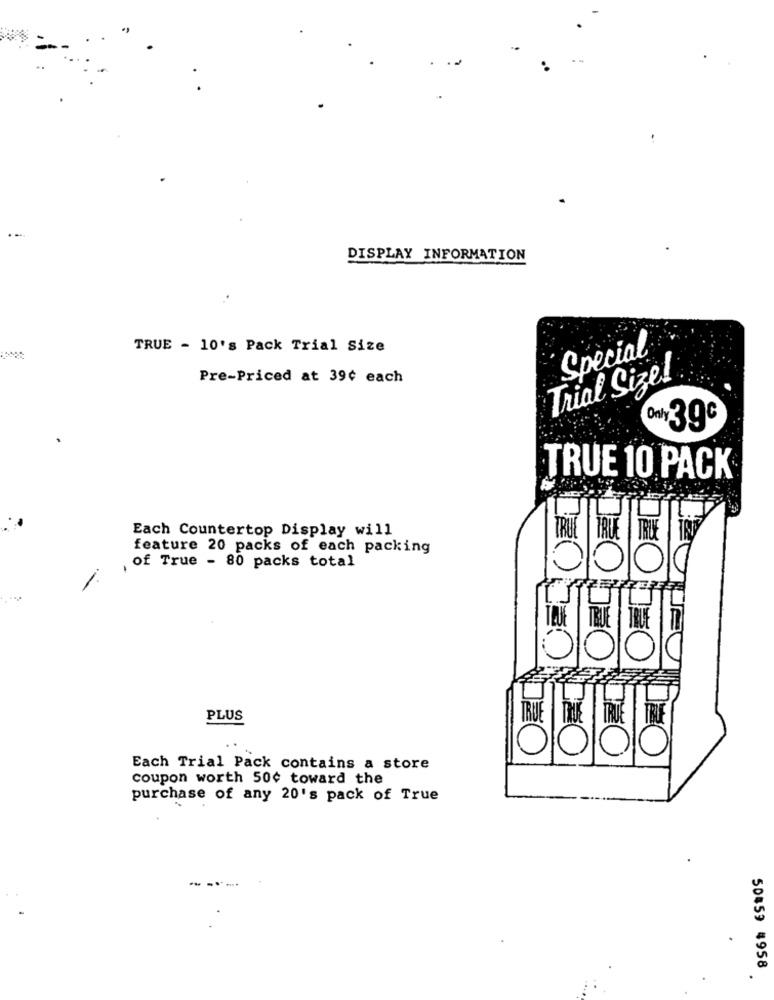
DISPLAY INFORMATION
TRUE - 10's Pack Trial Size
Special
Pre-Priced at 39¢ each
Trial Size!
only 39€
TRUE 10 PACK
Each Countertop Display will
TRUE | TRUE
TRUE
feature 20 packs of each packing
, of True - 80 packs total
TRUE
TRUE
PLUS
TRUE
Each Trial Pack contains a store
coupon worth 50¢ toward the
purchase of any 20's pack of True
50859 4958